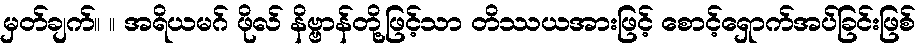
မှတ်ချက်။ ။ အရိယမဂ် ဖိုလ် နိဗ္ဗာန်တို့ဖြင့်သာ တိဿယအားဖြင့် စောင့်ရှောက်အပ်ခြင်းဖြစ်